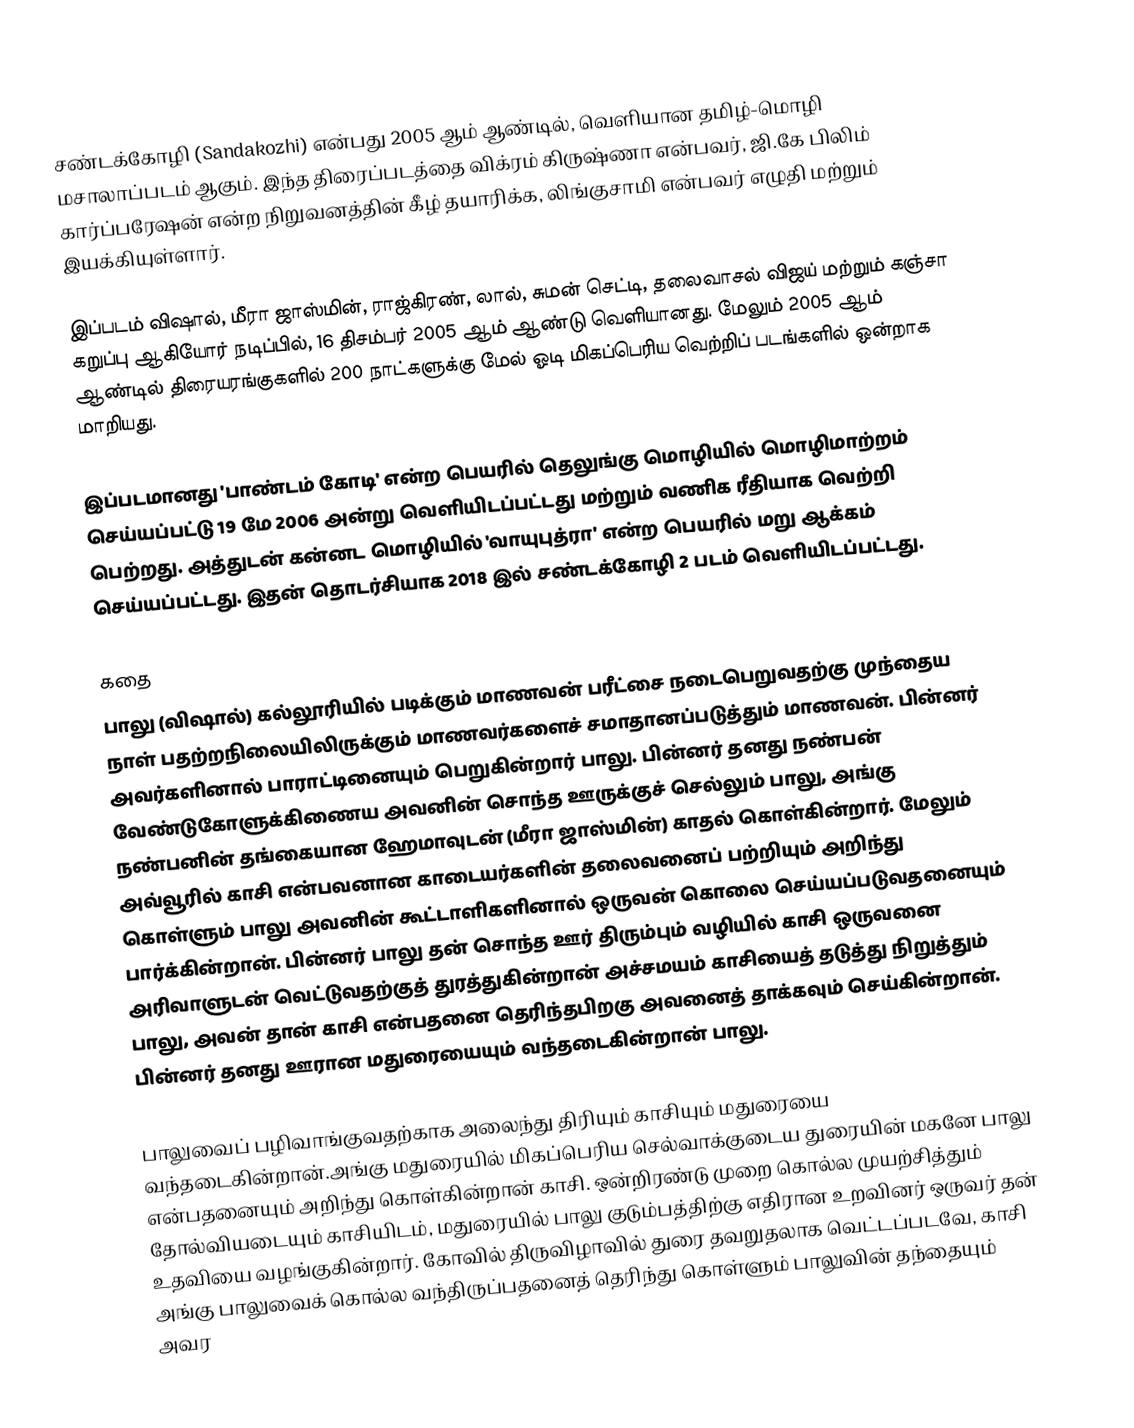
சண்டக்கோழி (Sandakozhi) என்பது 2005 ஆம் ஆண்டில், வெளியான தமிழ்-மொழி மசாலாப்படம் ஆகும். இந்த திரைப்படத்தை விக்ரம் கிருஷ்ணா என்பவர், ஜி.கே பிலிம் கார்ப்பரேஷன் என்ற நிறுவனத்தின் கீழ் தயாரிக்க, லிங்குசாமி என்பவர் எழுதி மற்றும் இயக்கியுள்ளார்.

இப்படம் விஷால், மீரா ஜாஸ்மின், ராஜ்கிரண், லால், சுமன் செட்டி, தலைவாசல் விஜய் மற்றும் கஞ்சா கறுப்பு ஆகியோர் நடிப்பில், 16 திசம்பர் 2005 ஆம் ஆண்டு வெளியானது. மேலும் 2005 ஆம் ஆண்டில் திரையரங்குகளில் 200 நாட்களுக்கு மேல் ஓடி மிகப்பெரிய வெற்றிப் படங்களில் ஒன்றாக மாறியது.

இப்படமானது 'பாண்டம் கோடி' என்ற பெயரில் தெலுங்கு மொழியில் மொழிமாற்றம் செய்யப்பட்டு 19 மே 2006 அன்று வெளியிடப்பட்டது மற்றும் வணிக ரீதியாக வெற்றி பெற்றது. அத்துடன் கன்னட மொழியில் 'வாயுபுத்ரா' என்ற பெயரில் மறு ஆக்கம் செய்யப்பட்டது. இதன் தொடர்சியாக 2018 இல் சண்டக்கோழி 2 படம் வெளியிடப்பட்டது.

கதை
பாலு (விஷால்) கல்லூரியில் படிக்கும் மாணவன் பரீட்சை நடைபெறுவதற்கு முந்தைய நாள் பதற்றநிலையிலிருக்கும் மாணவர்களைச் சமாதானப்படுத்தும் மாணவன். பின்னர் அவர்களினால் பாராட்டினையும் பெறுகின்றார் பாலு. பின்னர் தனது நண்பன் வேண்டுகோளுக்கிணைய அவனின் சொந்த ஊருக்குச் செல்லும் பாலு, அங்கு நண்பனின் தங்கையான ஹேமாவுடன் (மீரா ஜாஸ்மின்) காதல் கொள்கின்றார். மேலும் அவ்வூரில் காசி என்பவனான காடையர்களின் தலைவனைப் பற்றியும் அறிந்து கொள்ளும் பாலு அவனின் கூட்டாளிகளினால் ஒருவன் கொலை செய்யப்படுவதனையும் பார்க்கின்றான். பின்னர் பாலு தன் சொந்த ஊர் திரும்பும் வழியில் காசி ஒருவனை அரிவாளுடன் வெட்டுவதற்குத் துரத்துகின்றான் அச்சமயம் காசியைத் தடுத்து நிறுத்தும் பாலு, அவன் தான் காசி என்பதனை தெரிந்தபிறகு அவனைத் தாக்கவும் செய்கின்றான். பின்னர் தனது ஊரான மதுரையையும் வந்தடைகின்றான் பாலு.

பாலுவைப் பழிவாங்குவதற்காக அலைந்து திரியும் காசியும் மதுரையை வந்தடைகின்றான்.அங்கு மதுரையில் மிகப்பெரிய செல்வாக்குடைய துரையின் மகனே பாலு என்பதனையும் அறிந்து கொள்கின்றான் காசி. ஒன்றிரண்டு முறை கொல்ல முயற்சித்தும் தோல்வியடையும் காசியிடம், மதுரையில் பாலு குடும்பத்திற்கு எதிரான உறவினர் ஒருவர் தன் உதவியை வழங்குகின்றார். கோவில் திருவிழாவில் துரை தவறுதலாக வெட்டப்படவே, காசி அங்கு பாலுவைக் கொல்ல வந்திருப்பதனைத் தெரிந்து கொள்ளும் பாலுவின் தந்தையும் அவர